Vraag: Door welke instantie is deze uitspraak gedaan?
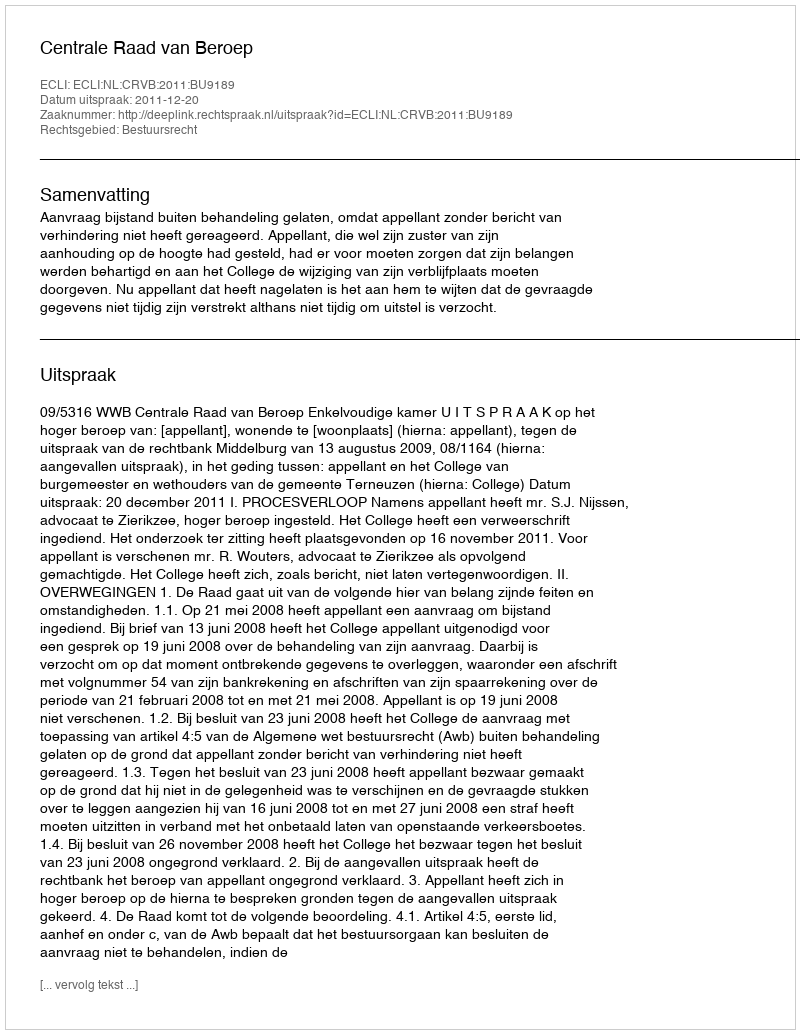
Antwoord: Centrale Raad van Beroep